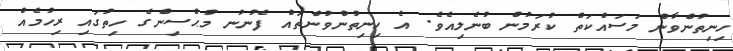
ހިނިތުންވާން މަސައްކަތް ކުރަމުން ބުނެލިއެވެ. އެ ހިނިތުންވުންތައް ފެނުނު މުޙްސިންގެ ހިތުގައި ރިހުމެއް